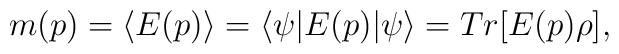
m(p) = \langle E(p) \rangle		= \langle\psi|E(p)|\psi\rangle = Tr[E(p)\rho],